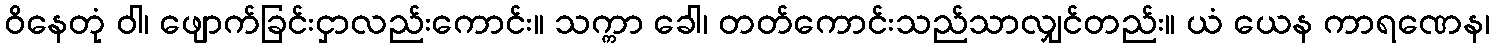
ဝိနေတုံ ဝါ၊ ဖျောက်ခြင်းငှာလည်းကောင်း။ သက္ကာ ခေါ၊ တတ်ကောင်းသည်သာလျှင်တည်း။ ယံ ယေန ကာရဏေန၊